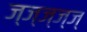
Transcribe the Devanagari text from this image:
ज्ज्ज्ज्ज्